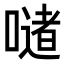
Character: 𪢆